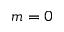
m = 0